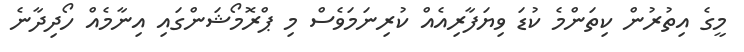
މީގެ އިތުރުން ކިތަންމެ ކުޑަ ވިޔަފާރިއެއް ކުރިނަމަވެސް މި ޕްރޮމޯޝަންގައި އިނާމެއް ހޯދިދާނެ